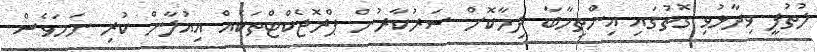
ލުތުފީ ވިދާޅުވި ގޮތުގައި އިންތިހާބާ ދިމާކޮށް ސަރުކާރުން ޕްރޮޖެކްޓްތަކެއް އިއުލާން ކުރި ނަމަވެސް